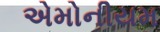
એમોનીયમ